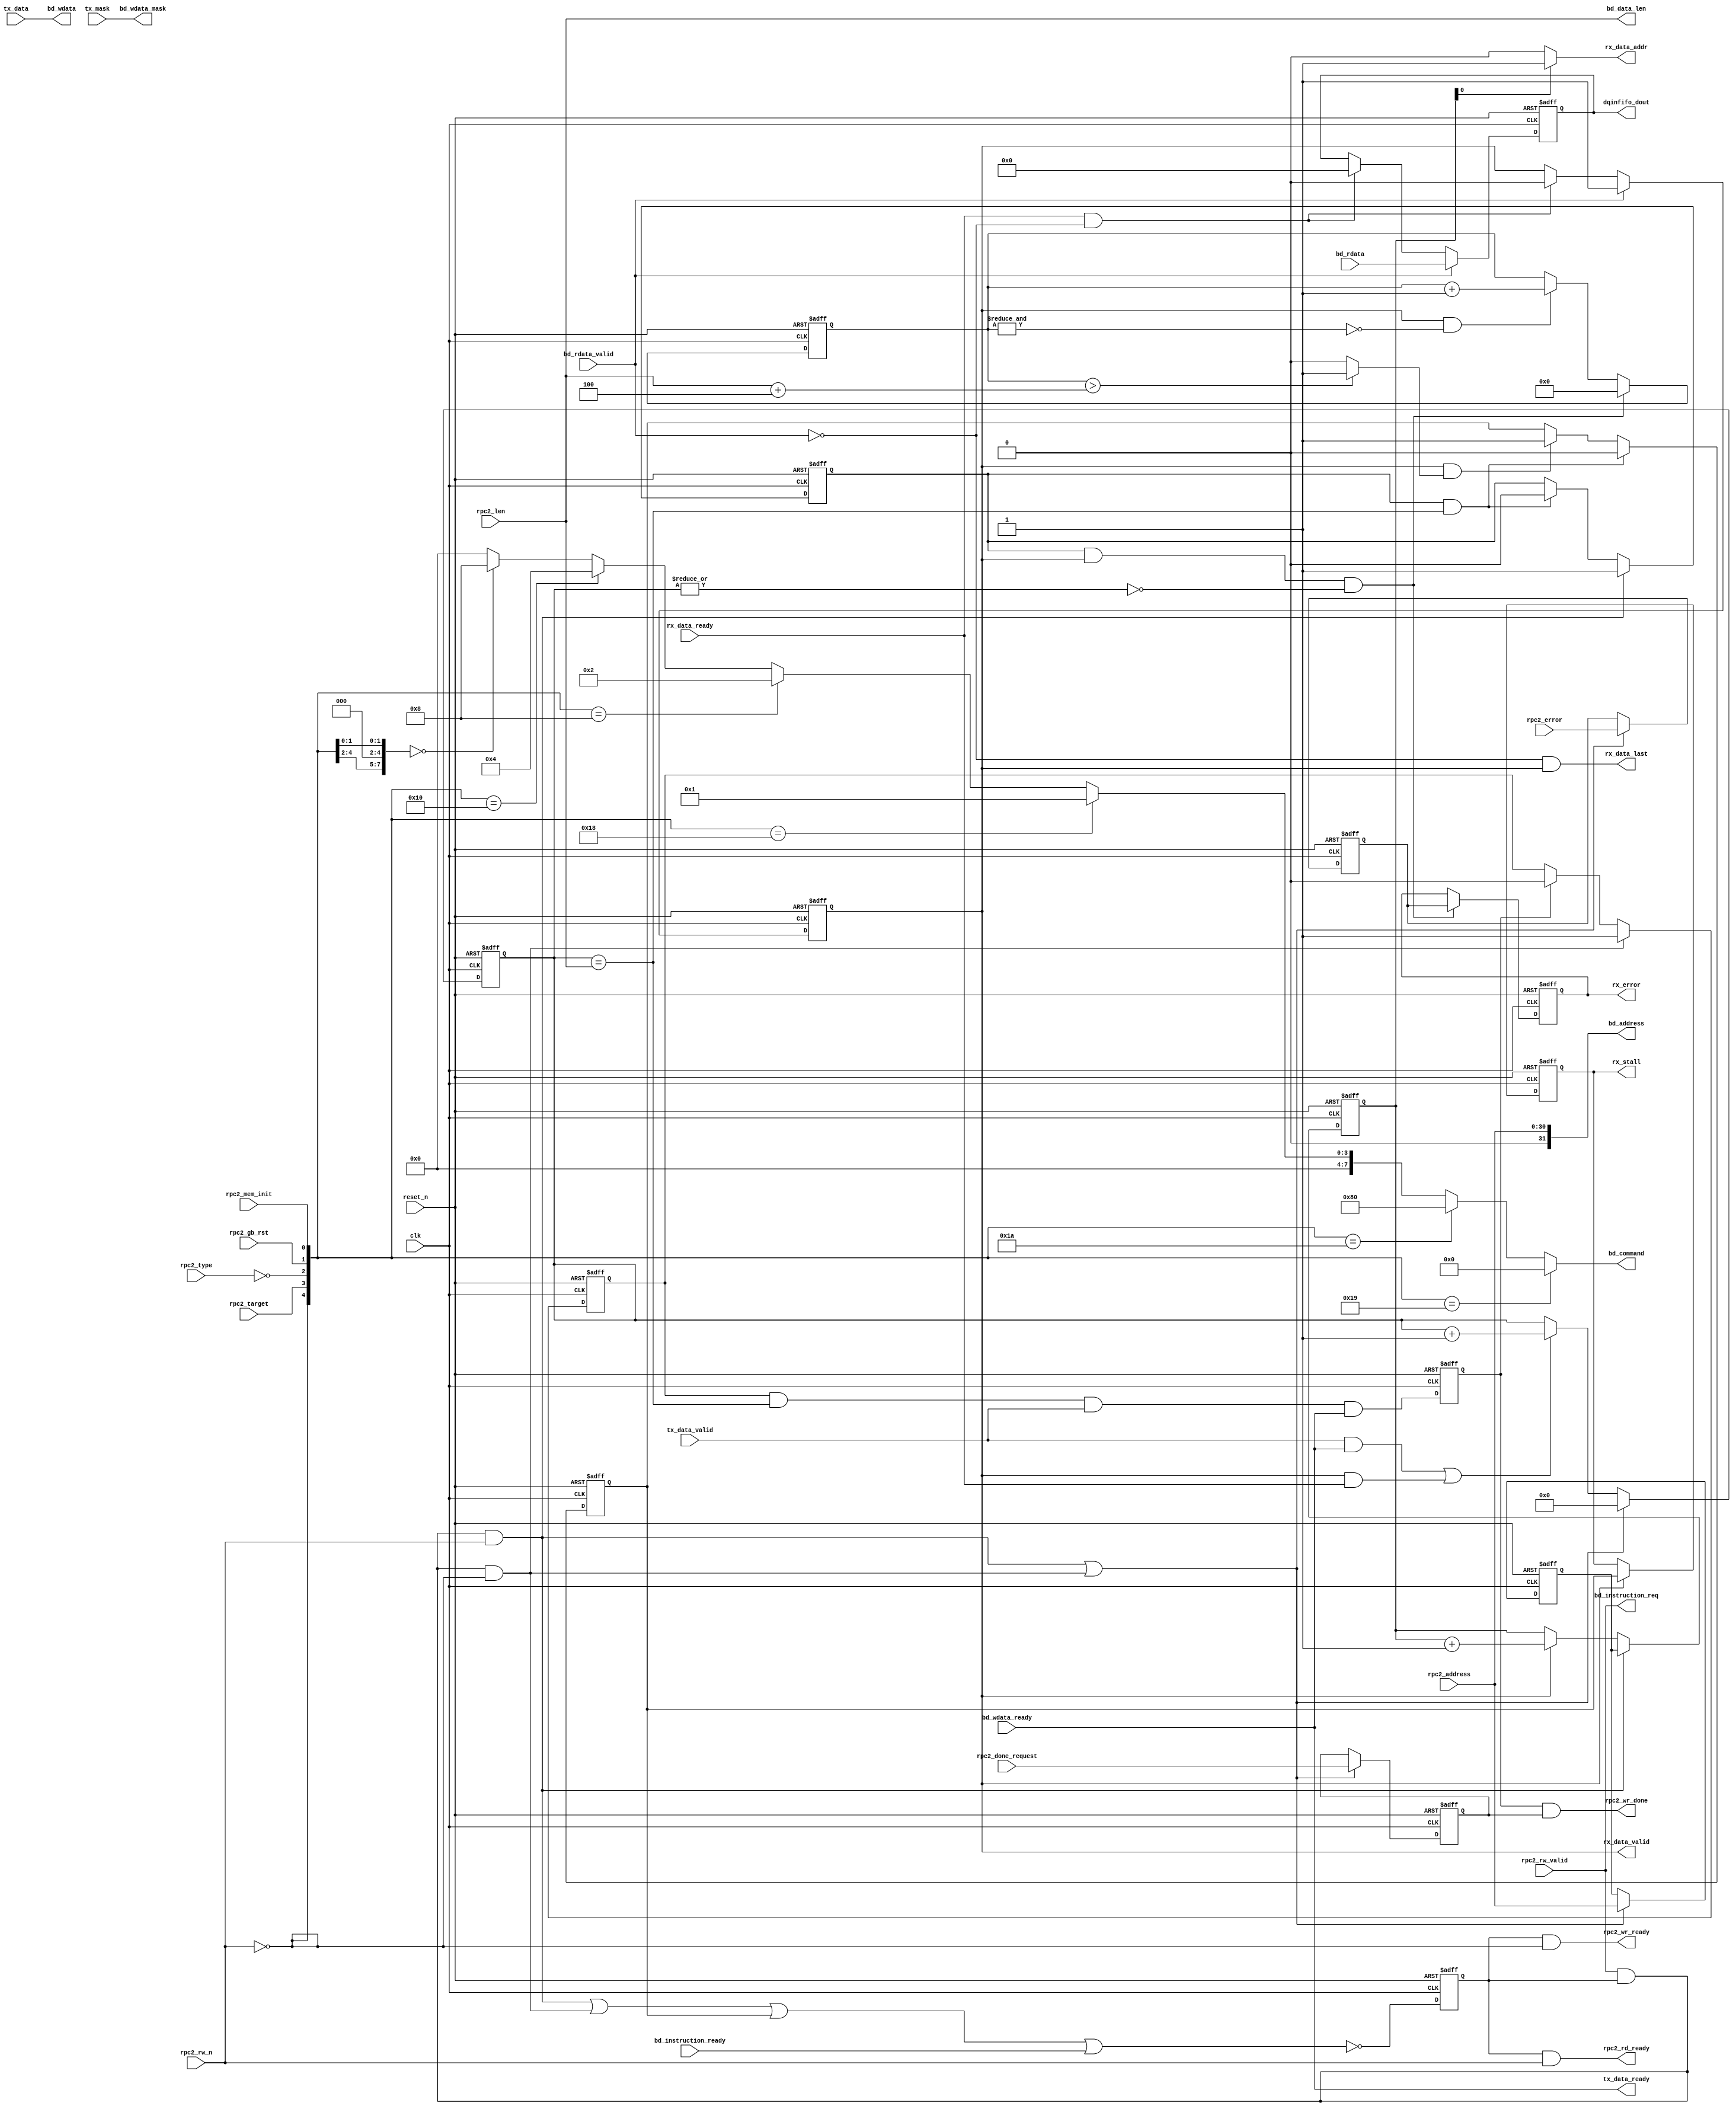
module rpc2_ctrl_bridge (

   // Outputs
   rpc2_rd_ready, rpc2_wr_ready,  rpc2_wr_done, 
   tx_data_ready, 
    rx_data_valid, rx_data_last, 
   rx_error, rx_stall, rx_data_addr,
   bd_instruction_req, bd_command, bd_address, bd_wdata, bd_wdata_mask, bd_data_len,
   dqinfifo_dout,


   // Inputs
   bd_wdata_ready, bd_instruction_ready, bd_rdata_valid, bd_rdata,
   clk, reset_n, rpc2_rw_valid, rpc2_rw_n,    
   rpc2_done_request, rpc2_len, rpc2_address, 
   rpc2_type, rpc2_error,  rpc2_gb_rst, rpc2_mem_init,
   rpc2_target, tx_data, tx_mask, tx_data_valid, 
   rx_data_ready 
   );
   parameter RX_ADDR_WIDTH = 1;
   parameter MEM_LEN       = 'd9;
   
   input                 clk;
   input                 reset_n;
   output  [15:0]        dqinfifo_dout;           //Bridge read data to rpc  
   // psram ctr   
   output                bd_instruction_req;      //Bridge to controller instruction require                   
   output [7:0]          bd_command;              //Bridge to controller command 
   output [31:0]         bd_address;              //Bridge to controller address 
   output [15:0]         bd_wdata;                //Bridge to controller write data 
   output [1:0]          bd_wdata_mask;           //Bridge to controller write data mask 
   output [MEM_LEN-1:0]  bd_data_len;             //Bridge to controller write/read data length 

   input                 bd_wdata_ready;          //Bridge to controller write ready
   input                 bd_instruction_ready;    //Bridge to controller ready to receive instruction 
   input                 bd_rdata_valid;          //Bridge to controller read valid 
   input  [15:0]         bd_rdata;                //Bridge to controller read data 
   
   // TRANSACTION
   input              rpc2_rw_valid;              //write/read valid 
   input              rpc2_rw_n;                  //write/read status 
   input              rpc2_done_request;          //done request    
   input [MEM_LEN-1:0] rpc2_len;                  //data length   
   input [30:0]       rpc2_address;               //address   
   input              rpc2_type;                  //memory operation type
   input [1:0]        rpc2_error;                 //address  
   input              rpc2_gb_rst;                //memory global reset
   input              rpc2_mem_init;              //memory initialize   
   input              rpc2_target;                //memory rpc2_target
   output             rpc2_rd_ready;              //memory read ready
   output             rpc2_wr_ready;              //memory write ready
   output             rpc2_wr_done;               //memory write done     
   // TX                                         
   input [15:0]       tx_data;                    //tx data
   input [1:0]        tx_mask;                    //tx data mask
   input              tx_data_valid;              //tx data valid
   output             tx_data_ready;              //tx data ready
   // RX                                         
   input              rx_data_ready;              //rx data ready
   output             rx_data_valid;              //rx data valid
   output             rx_data_last;               //rx last data
   output [1:0]       rx_error;                   //rx error
   output             rx_stall;                   //rx stall
   output [RX_ADDR_WIDTH-1:0] rx_data_addr;       //rx data address
                                                 
                                                 
                                                 
   wire                       rx_start;           //rx start   
   reg    [30:0]              rx_address;         //rx address 
   wire   [RX_ADDR_WIDTH-1:0] rx_data_addr;       //rx data address  
   reg                        rx_data_valid;      //rx data valid
   reg                        rx_stall;           //rx stall  
   reg    [15:0]     rd_dout;                     //read data out
   reg                rx_timeout;                 //rx timeout
   reg [1:0]          rx_error;                   //rx error
   reg                rw_ready;                   //read/write ready
   reg [MEM_LEN-1:0]  rxtx_data_counter;          //rx tx data counter  
   // wr                                         
   wire               wr_start;                   //write start
   reg                wr_end;                     //write end
   reg                wr_trans;                   //write transmit
   wire               pre_wr_end;                 //before write end 
   wire               tx_data_ready;              //tx data ready
   // rd                                         
   wire               rd_start;                   //read start
   wire               rd_end;                     //read end
   reg                rd_trans;                   //read transmit
   reg [1:0]          req_error;                  //request error   
   reg [30:0]         address;                    //address    
   wire               timeout;                    //timeout
   reg [9:0]          timeout_counter;            //rx timeout counter
   reg                done_request;               //done request            
   wire [7:0]         core_command;               //command



 


   //--------------------------------
   // command DECODE
   //--------------------------------    
   assign core_command = {~rpc2_rw_n, rpc2_target, ~rpc2_type, 3'b000, rpc2_gb_rst, rpc2_mem_init};

   assign bd_command = (core_command == 8'hc1) ? 8'h00 :  //INIT
                       (core_command == 8'hc2) ? 8'h80 :  //global reset 
                       (core_command == 8'hc0) ? 8'h01 :  //MRW
                       (core_command == 8'h40) ? 8'h02 :  //MRR 
                       (core_command == 8'h80) ? 8'h04 :  //array write
                       (core_command == 8'h00) ? 8'h08 :  //array read 
                                                 8'h00 ;
                   
   //--------------------------------  
   // address
   //--------------------------------     
   assign bd_address = {1'b0,rpc2_address};
   //--------------------------------  
   // Length
   //--------------------------------     
   assign bd_data_len = rpc2_len;   
   assign rpc2_rd_ready = rw_ready &   rpc2_rw_n ; 
   assign rpc2_wr_ready = rw_ready & (~rpc2_rw_n);
   assign bd_wdata = tx_data;
   assign rpc2_wr_done = wr_end & done_request;





   always @(posedge clk or negedge reset_n) begin
      if (~reset_n) begin
         address <= 31'h00000000;
         req_error <= 2'b00;        
         done_request <= 1'b0;

      end

      else if (rd_start | wr_start ) begin

         address <= rpc2_address[30:0];
         req_error <= rpc2_error[1:0];       
         done_request <= rpc2_done_request;
      end

   end

   //--------------------------------
   // RXTX
   //--------------------------------   

   // rxtx_data_counter
   always @(posedge clk or negedge reset_n) begin
      if (~reset_n)
        rxtx_data_counter <= {MEM_LEN{1'b0}};
      else if (wr_start | rd_start ) 
        rxtx_data_counter <= {MEM_LEN{1'b0}};        
      else if (  (tx_data_valid & tx_data_ready) | (rx_data_valid & rx_data_ready)  )   
        rxtx_data_counter <= rxtx_data_counter + 1'b1;
   end



   assign tx_data_ready = bd_wdata_ready;

 
   
     //--------------------------------
   // TRANSACTIONS
   //--------------------------------
   // rw_ready
   always @(posedge clk or negedge reset_n) begin
      if (~reset_n)
        rw_ready <= 1'b0;
      else
        rw_ready <= ~(rd_start || wr_start || rx_timeout || bd_instruction_ready);     
   end

   assign bd_instruction_req = rpc2_rw_valid;
   
   
   


   assign dqinfifo_dout = rd_dout;
   assign rx_data_last = ~bd_rdata_valid & rx_data_valid;



   
   // rx_data_valid
   always @(posedge clk or negedge reset_n) begin
      if (~reset_n)                begin
        rx_data_valid <= 1'b0;
        rd_dout <= 16'd0;    end
        
      else if (bd_rdata_valid)     begin
        rx_data_valid <= 1'b1;
        rd_dout <= bd_rdata; end
        
      else if (rx_data_ready & ~bd_rdata_valid)      begin
        rx_data_valid <= 1'b0;
        rd_dout <= 16'd0;    end
   end





   assign wr_start = rpc2_rw_valid & rw_ready & (~rpc2_rw_n);

   assign pre_wr_end = wr_trans & (rxtx_data_counter==(rpc2_len)  ) & tx_data_valid & tx_data_ready;

   // write end
   always @(posedge clk or negedge reset_n) begin
      if (~reset_n)
        wr_end <= 1'b0;
      else
        wr_end <= pre_wr_end;
   end

 
   
// write  
   always @(posedge clk or negedge reset_n) begin
      if (~reset_n)
        wr_trans <= 1'b0;
      else if (wr_start)
        wr_trans <= 1'b1;
      else if (wr_end)
        wr_trans <= 1'b0;
   end
   
 

assign bd_wdata_mask = tx_mask;

   



 
   
   //rd_start
   //rd_end  
   assign rd_start = rpc2_rw_valid & rw_ready & rpc2_rw_n;

   assign rd_end = rd_trans & (rxtx_data_counter == rpc2_len);
   // rd_trans =1 =>  read operation
   always @(posedge clk or negedge reset_n) begin
      if (~reset_n)
        rd_trans <= 1'b0;
      else if (rd_start)
        rd_trans <= 1'b1;
      else if (rd_end)
        rd_trans <= 1'b0;
   end
   

   // rx start   
   assign rx_start = rd_trans & rx_data_valid & (~|rxtx_data_counter);

    

   // rx read address
   always @(posedge clk or negedge reset_n) begin
      if (~reset_n)
        rx_address <= 31'h00000000;
//      else if (rx_start)
      else if (rd_start)

        rx_address <= address[30:0];
//      else if (rx_en)
      else if (rx_data_valid)      
        rx_address <= rx_address + 1'b1;
   end


   // rx data address =>  use the representation of 0 and 1 to put 16 bits in 32bit bus [15:0] or [31:16]
   assign rx_data_addr = rx_address[RX_ADDR_WIDTH-1:0]? 1'b1 : 1'b0;





   // error flag for RX
   always @(posedge clk or negedge reset_n) begin
      if (~reset_n)
        rx_error <= 2'b00;
      else if (rx_start)
        rx_error <= req_error;
   end


   // rx timeout
   always @(posedge clk or negedge reset_n) begin
      if (~reset_n)
        rx_timeout <= 1'b0;
      else if (rd_end)
        rx_timeout <= 1'b0;
//      else if (rx_en & timeout)
      else if (rx_data_valid & timeout)      
        rx_timeout <= 1'b1;
   end
   
   
   // RX is stalled
   always @(posedge clk or negedge reset_n) begin
      if (~reset_n)
        rx_stall <= 1'b0;
//      else if (rx_en)
      else if (rx_data_valid)      
        rx_stall <= rx_timeout;
   end
   

   
   //--------------------------------
   // Timeout
   //--------------------------------
     assign timeout = (  (timeout_counter[9:0]) > (rpc2_len+ 4'd20) )? 1'b1: 1'b0; //  20 clk buffer,    axi rresp
  
   // timeout counter
   always @(posedge clk or negedge reset_n) begin
      if (~reset_n)
        timeout_counter <= 10'd0;                       
//      else if (rx_start | dqinfifo_rd_en)
      else if (rx_start)
     
        timeout_counter <= 10'd0;
//      else if (rx_en & (~(&timeout_counter)))
      else if (rx_data_valid & (~(&timeout_counter)))      
        timeout_counter <= timeout_counter + 1'b1;
   end


endmodule